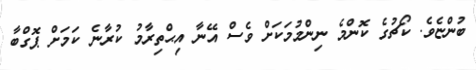
ބުންޏެވެ. ކޯޗުގެ ކޮންމެ ނިންމުމަކަށް ވެސް އޭނާ އިޙްތިރާމު ކުރާނެ ކަމަށް ޕޮގްބާ